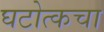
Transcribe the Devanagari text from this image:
घटोत्कचा